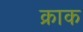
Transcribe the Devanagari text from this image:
क्राक